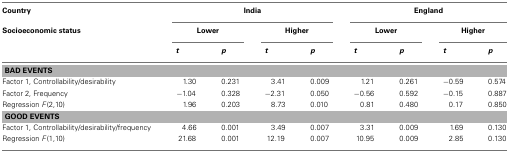
<table><thead><tr><td><b>Country</b></td><td colspan="4"><b>India</b></td><td colspan="4"><b>England</b></td></tr><tr><td><b>Socioeconomic status</b></td><td colspan="2"><b>Lower</b></td><td colspan="2"><b>Higher</b></td><td colspan="2"><b>Lower</b></td><td colspan="2"><b>Higher</b></td></tr><tr><td></td><td><b><i>t</i></b></td><td><b><i>p</i></b></td><td><b><i>t</i></b></td><td><b><i>p</i></b></td><td><b><i>t</i></b></td><td><b><i>p</i></b></td><td><b><i>t</i></b></td><td><b><i>p</i></b></td></tr></thead><tbody><tr><td colspan="9"><b>BAD EVENTS</b></td></tr><tr><td>Factor 1, Controllability/desirability</td><td>1.30</td><td>0.231</td><td>3.41</td><td>0.009</td><td>1.21</td><td>0.261</td><td>−0.59</td><td>0.574</td></tr><tr><td>Factor 2, Frequency</td><td>−1.04</td><td>0.328</td><td>−2.31</td><td>0.050</td><td>−0.56</td><td>0.592</td><td>−0.15</td><td>0.887</td></tr><tr><td>Regression <i>F</i>(2,10)</td><td>1.96</td><td>0.203</td><td>8.73</td><td>0.010</td><td>0.81</td><td>0.480</td><td>0.17</td><td>0.850</td></tr><tr><td colspan="9"><b>GOOD EVENTS</b></td></tr><tr><td>Factor 1, Controllability/desirability/frequency</td><td>4.66</td><td>0.001</td><td>3.49</td><td>0.007</td><td>3.31</td><td>0.009</td><td>1.69</td><td>0.130</td></tr><tr><td>Regression <i>F</i>(1,10)</td><td>21.68</td><td>0.001</td><td>12.19</td><td>0.007</td><td>10.95</td><td>0.009</td><td>2.85</td><td>0.130</td></tr></tbody></table>